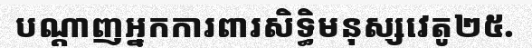
បណ្តាញអ្នកការពារសិទ្ធិមនុស្សវេតូ២៥.